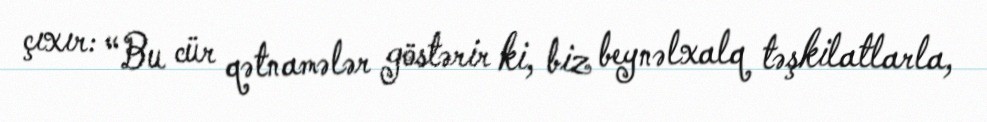
çıxır: “Bu cür qətnamələr göstərir ki, biz beynəlxalq təşkilatlarla,